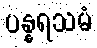
ပန္နရသမံ